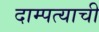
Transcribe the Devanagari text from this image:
दाम्पत्याची